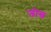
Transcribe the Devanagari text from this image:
जोख